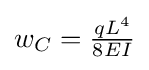
w_{C}={\tfrac {qL^{4}}{8EI}}